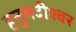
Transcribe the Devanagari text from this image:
हनुमदीश्वर